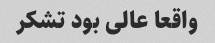
واقعا عالی بود تشکر